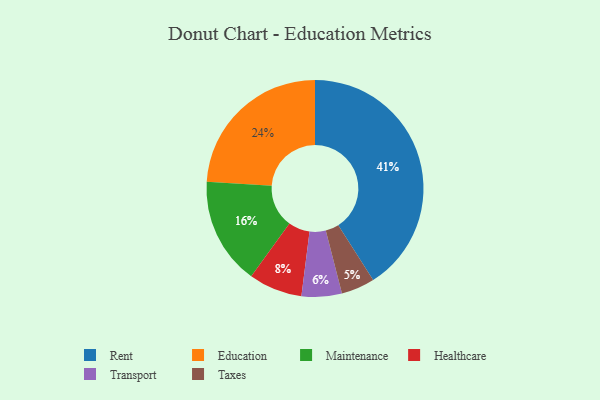
{"axis": {"x": "Category", "y": "Percentage"}, "legend": ["Education", "Healthcare", "Maintenance", "Rent", "Taxes", "Transport"], "data": [{"x": "Taxes", "y": 5, "type": "Taxes"}, {"x": "Maintenance", "y": 16, "type": "Maintenance"}, {"x": "Education", "y": 24, "type": "Education"}, {"x": "Transport", "y": 6, "type": "Transport"}, {"x": "Rent", "y": 41, "type": "Rent"}, {"x": "Healthcare", "y": 8, "type": "Healthcare"}]}